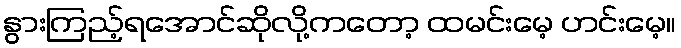
နွားကြည့်ရအောင်ဆိုလို့ကတော့ ထမင်းမေ့ ဟင်းမေ့။